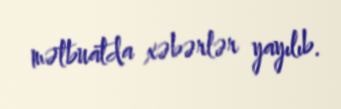
mətbuatda xəbərlər yayılıb.